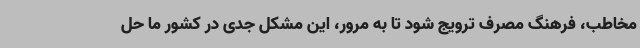
مخاطب، فرهنگ مصرف ترویج شود تا به مرور، این مشکل جدی در کشور ما حل